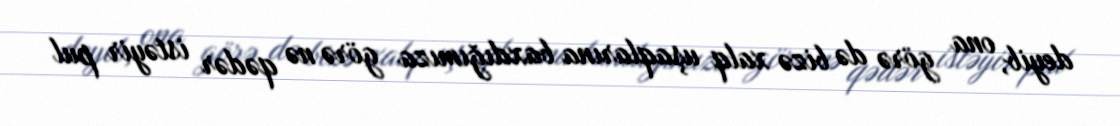
deyib, ona görə də bizə xalq uşaqlarına baxdığımıza görə nə qədər istəyir pul